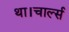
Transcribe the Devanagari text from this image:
था।चार्ल्स